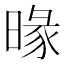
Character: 𣈬